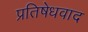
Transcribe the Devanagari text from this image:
प्रतिषेधवाद